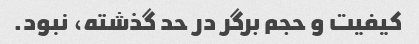
کیفیت و حجم برگر در حد گذشته، نبود.